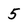
Character: 5